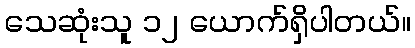
သေဆုံးသူ ၁၂ ယောက်ရှိပါတယ်။